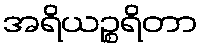
အရိယဉ္စရိတာ